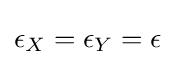
\epsilon _{X}=\epsilon _{Y}=\epsilon